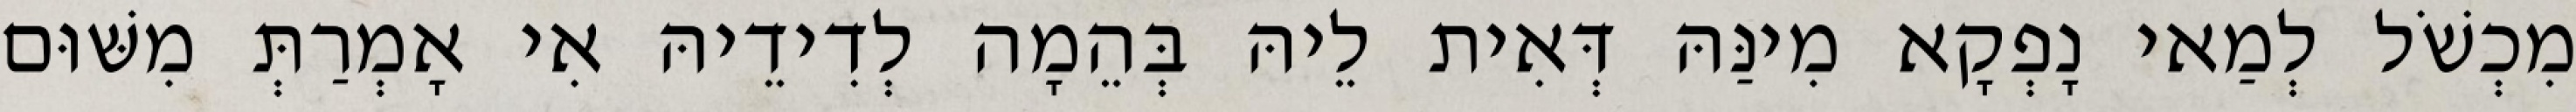
מִכְשֹׁל לְמַאי נָפְקָא מִינַּהּ דְּאִית לֵיהּ בְּהֵמָה לְדִידֵיהּ אִי אָמְרַתְּ מִשּׁוּם